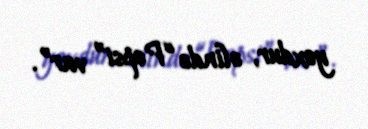
yoxdur, əlində “Pepsi” var”.